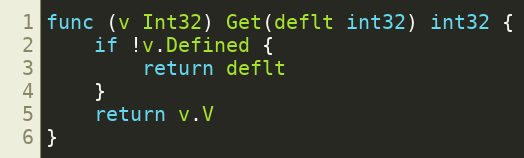
Language: Go
func (v Int32) Get(deflt int32) int32 {
	if !v.Defined {
		return deflt
	}
	return v.V
}